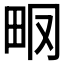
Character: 𤱆